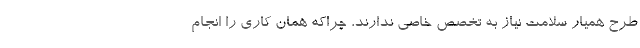
طرح همیار سلامت نیاز به تخصص خاصی ندارند، چراکه همان کاری را انجام